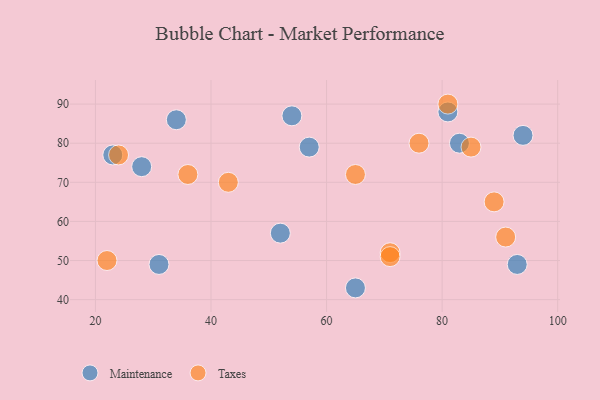
{"axis": {"x": "GDP", "y": "Life Expectancy"}, "legend": ["Maintenance", "Taxes"], "data": [{"x": "54", "y": 87, "type": "Maintenance"}, {"x": "81", "y": 88, "type": "Maintenance"}, {"x": "23", "y": 77, "type": "Maintenance"}, {"x": "52", "y": 57, "type": "Maintenance"}, {"x": "83", "y": 80, "type": "Maintenance"}, {"x": "57", "y": 79, "type": "Maintenance"}, {"x": "28", "y": 74, "type": "Maintenance"}, {"x": "31", "y": 49, "type": "Maintenance"}, {"x": "34", "y": 86, "type": "Maintenance"}, {"x": "94", "y": 82, "type": "Maintenance"}, {"x": "65", "y": 43, "type": "Maintenance"}, {"x": "93", "y": 49, "type": "Maintenance"}, {"x": "43", "y": 70, "type": "Taxes"}, {"x": "85", "y": 79, "type": "Taxes"}, {"x": "24", "y": 77, "type": "Taxes"}, {"x": "71", "y": 52, "type": "Taxes"}, {"x": "76", "y": 80, "type": "Taxes"}, {"x": "89", "y": 65, "type": "Taxes"}, {"x": "91", "y": 56, "type": "Taxes"}, {"x": "71", "y": 51, "type": "Taxes"}, {"x": "65", "y": 72, "type": "Taxes"}, {"x": "22", "y": 50, "type": "Taxes"}, {"x": "36", "y": 72, "type": "Taxes"}, {"x": "81", "y": 90, "type": "Taxes"}]}